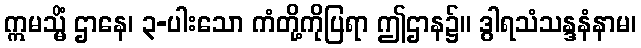
ဣမသ္မိံ ဌာနေ၊ ၃-ပါးသော ကံတို့ကိုပြရာ ဤဌာန၌။ ဒွါရသံသန္ဒနံနာမ၊